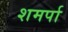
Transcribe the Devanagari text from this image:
शमर्पा